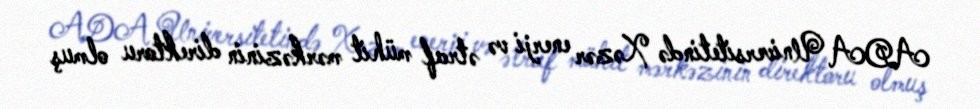
ADA Universitetində Xəzər enerji və ətraf mühit mərkəzinin direktoru olmuş